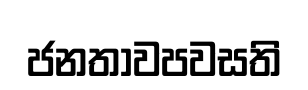
ජනතාවපවසති